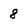
Character: 8